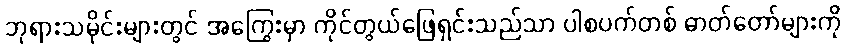
ဘုရားသမိုင်းများတွင် အကြွေးမှာ ကိုင်တွယ်ဖြေရှင်းသည်သာ ပါစပက်တစ် ဓာတ်တော်များကို